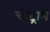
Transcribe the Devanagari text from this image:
चन्द्राभ